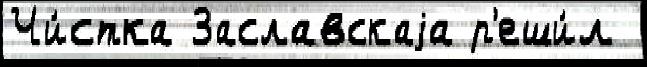
Чи́стка Заславскаjа р'еши́л